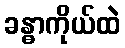
ခန္ဓာကိုယ်ထဲ